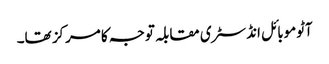
آٹوموبائل انڈسٹری مقابلہ توجہ کا مرکز تھا۔